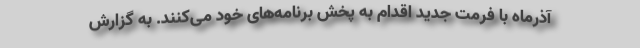
آذرماه با فرمت جدید اقدام به پخش برنامه‌های خود می‌کنند. به گزارش